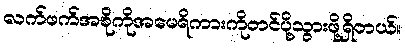
လက်ဖက်အစိုကိုအမေရိကားကိုတင်ပို့သွားဖို့ရှိတယ်။